Leningradi_Edasi_toimetus, lk 8
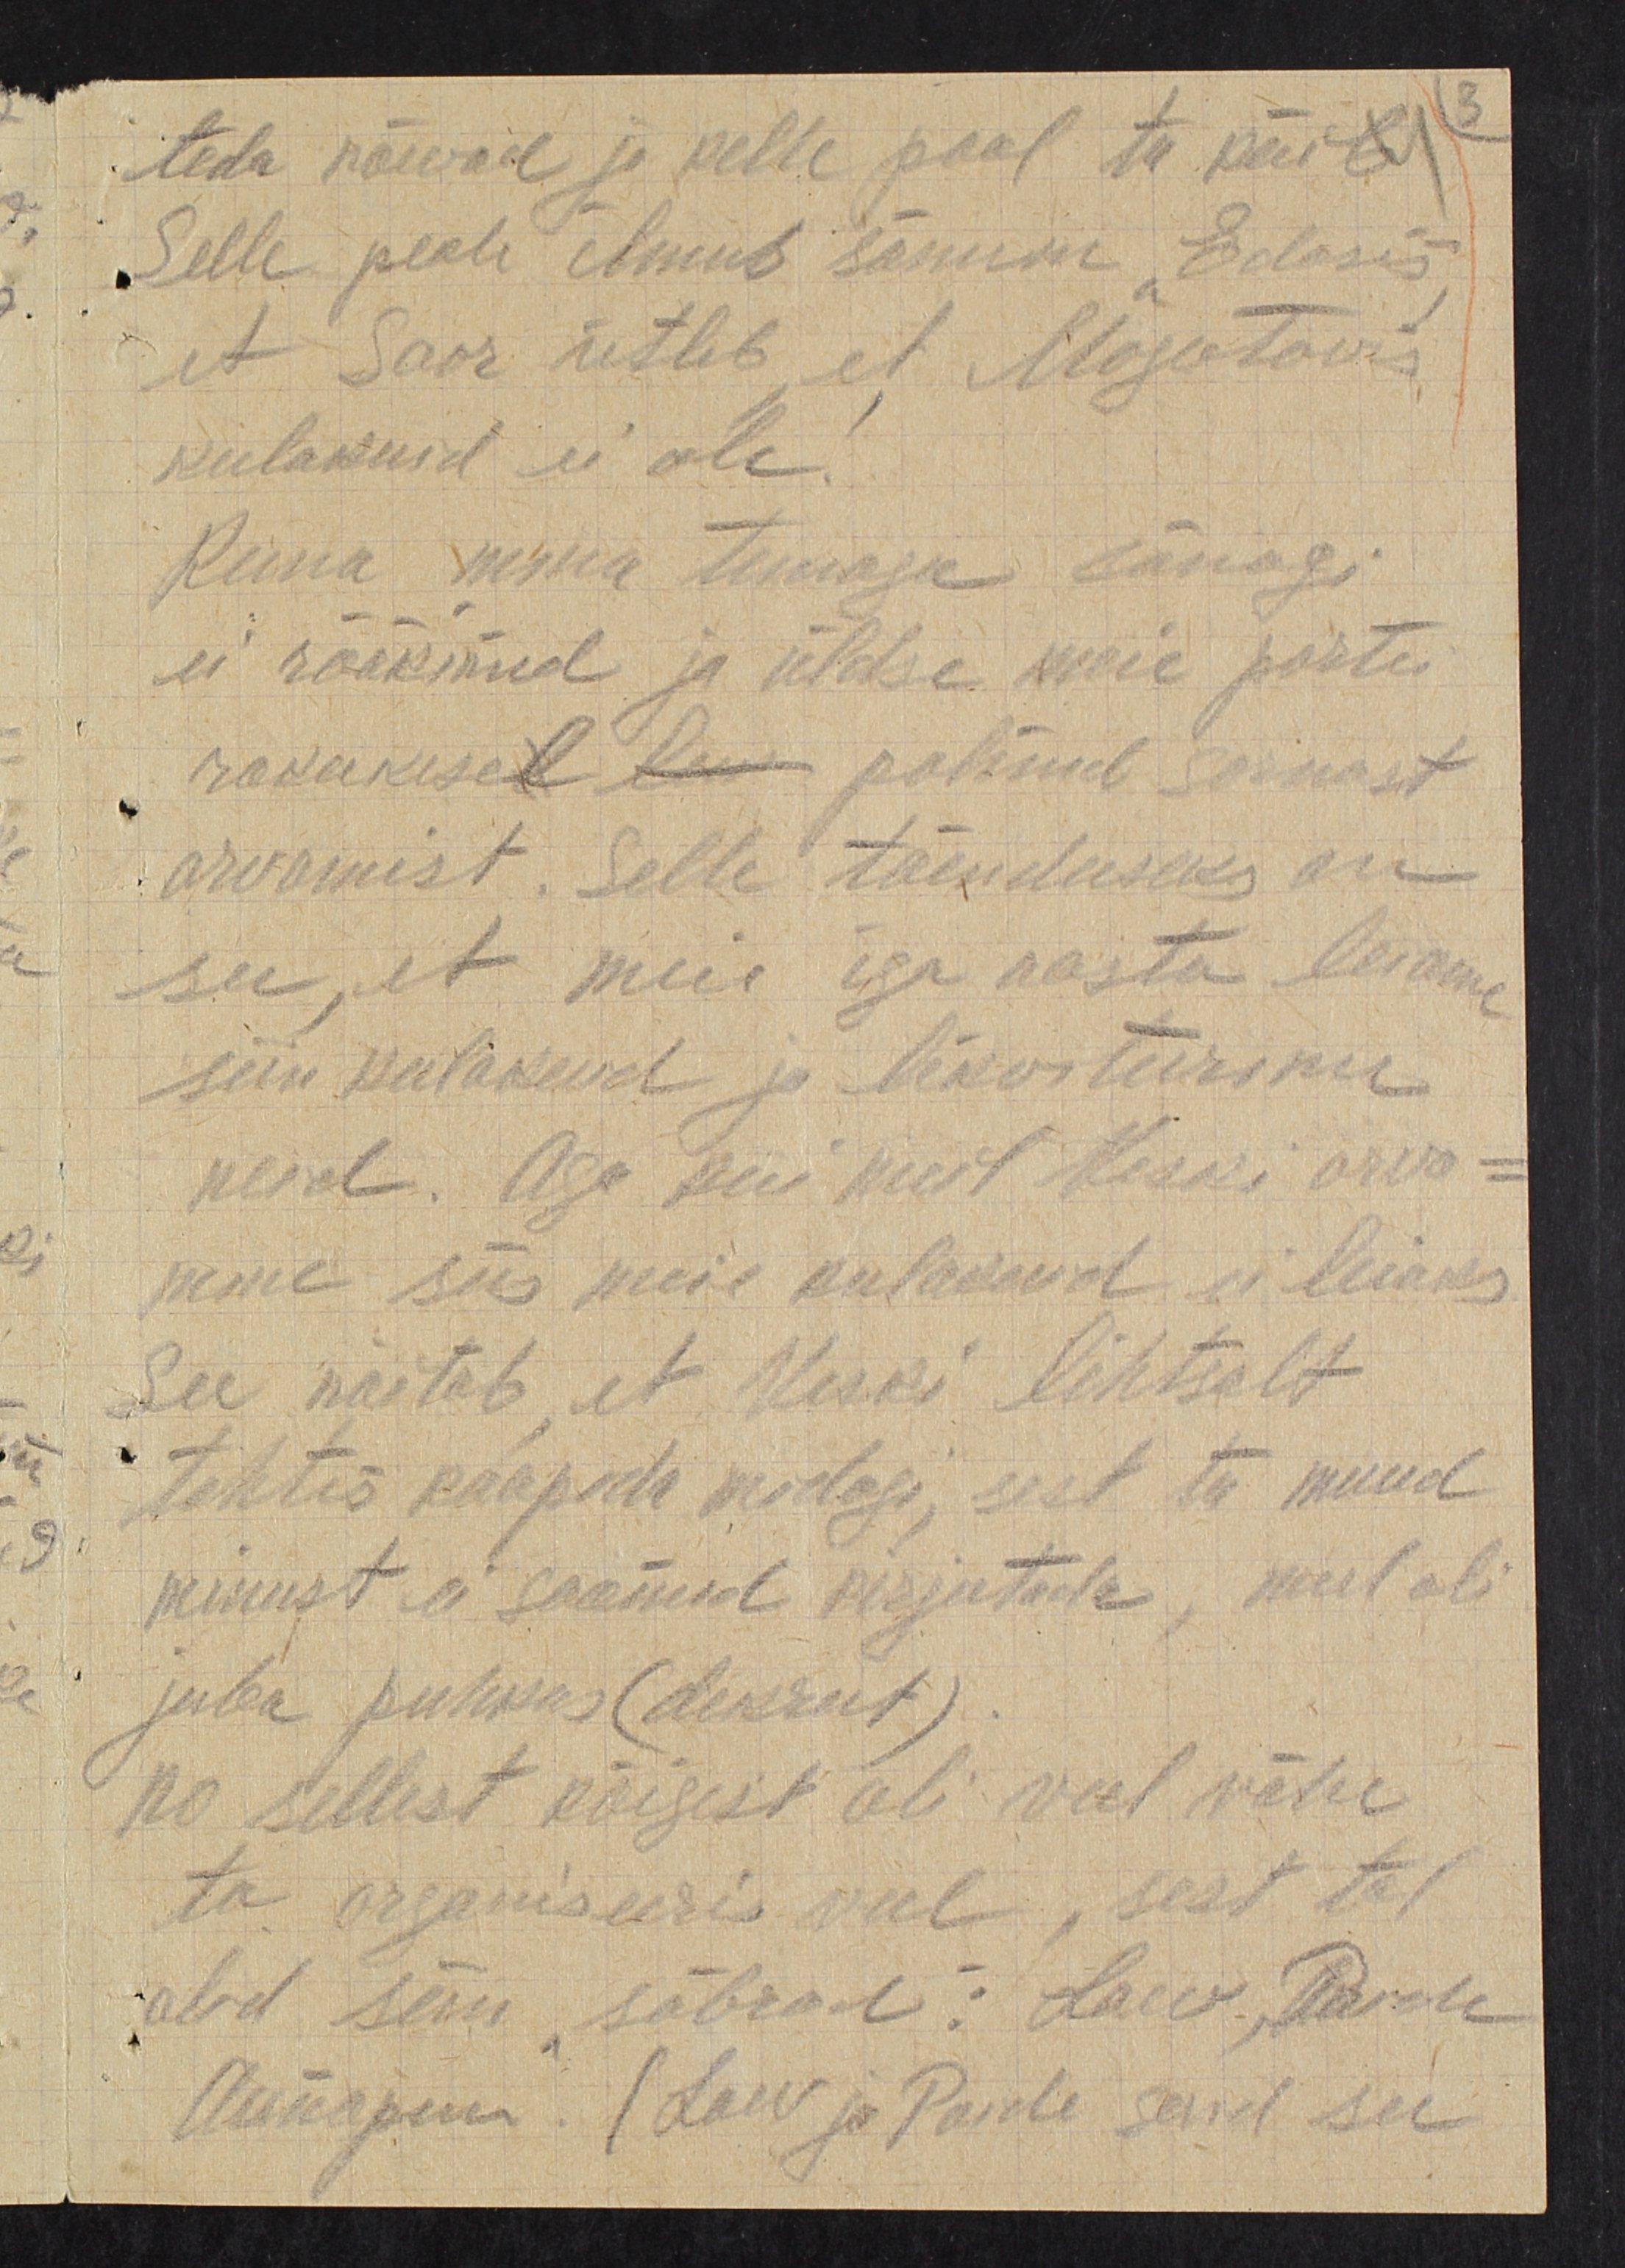
teda näewad ja kelle pool ta näib
Selle peale ilmub sõnum "Edasis"
et Saar ütleb et Mogutavis
kulakuid ei ole.
Kuna mina temaga tänagi
ei rääkinud ja üldse meie partei
rakukese lan polnud sarnast
arvamist. Selle tõenduseks on
see, et meie iga aasta leiame
siin kulakuid ja likviteerime
neid. Aga kui kust Keski arva-
mine siis meie kulakud ei leiaks
See näitab et Veski lihtsalt
tahtis kaapida midagi, sest ta muud
minust ei saanud kirjutada, need oli
juba puhkus (dekreet)
no sellest kõigest oli veel vähe
ta organiseeris veel, sest tal
olid seni sõbrad: Laev, Parde
Õunapuu. (Laev ja Parde said see